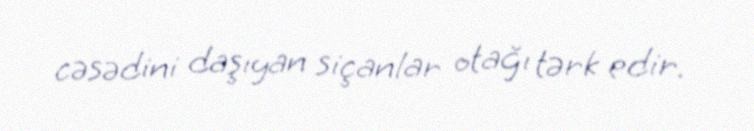
cəsədini daşıyan siçanlar otağı tərk edir.